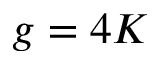
g = 4 K